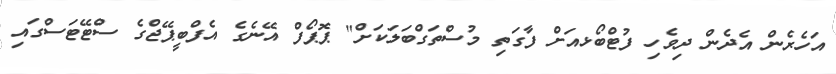
އަހެރެން އެދެން ދިވެހި ފުޓްބޯޅއަށް ފާގަތި މުސްތަގްބަލަކަށް" ޕޮޕޯފް އޭނެގެ އެފްބީޕޭޖްގެ ސްޓޭޓަސްގައި